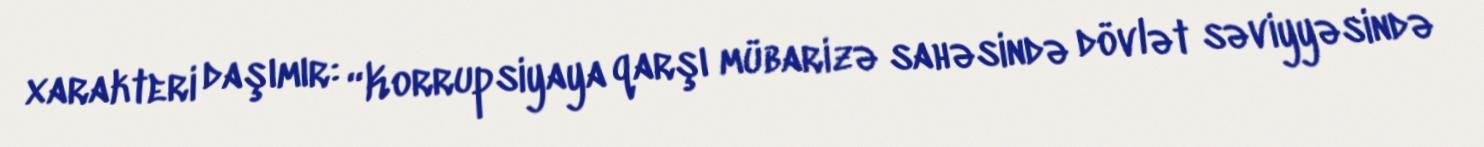
xarakteri daşımır: “Korrupsiyaya qarşı mübarizə sahəsində dövlət səviyyəsində